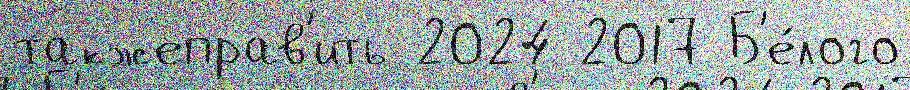
такжеправ'ить 2024 2017 Б'е́лого